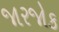
જારજોક